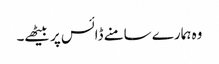
وہ ہمارے سامنے ڈائس پر بیٹھے۔